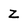
Character: z